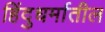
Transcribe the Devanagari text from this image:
हिंदुधर्मातील